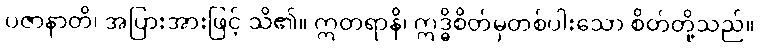
ပဇာနာတိ၊ အပြားအားဖြင့် သိ၏။ ဣတရာနိ၊ ဣဒ္ဓိစိတ်မှတစ်ပါးသော စိတ်တို့သည်။